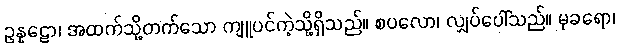
ဥန္နဠော၊ အထက်သို့တက်သော ကျူပင်ကဲ့သို့ရှိသည်။ စပလော၊ လျှပ်ပေါ်သည်။ မုခရော၊